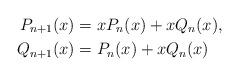
LaTeX: \begin{align*}P_{n+1}(x) &= xP_n(x) + xQ_n(x), \\ Q_{n+1}(x) &= P_n(x) + xQ_n(x) \end{align*}